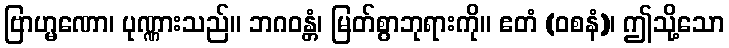
ဗြာဟ္မဏော၊ ပုဏ္ဏားသည်။ ဘဂဝန္တံ၊ မြတ်စွာဘုရားကို။ ဧတံ (ဝစနံ)၊ ဤသို့သော